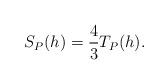
LaTeX: \begin{align*} \begin{aligned} S_P(h)=\frac{4}{3}T_P(h). \end{aligned} \end{align*}